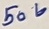
Text: 50V